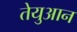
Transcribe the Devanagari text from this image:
तेयुआन